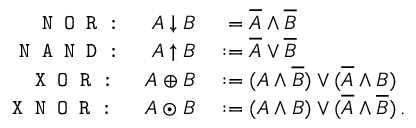
\begin{array} { r l } { \texttt { N O R : } \quad A \downarrow B } & { { } \phantom { : } = \overline { A } \wedge \overline { B } } \\ { \texttt { N A N D : } \quad A \uparrow B } & { { } : = \overline { A } \vee \overline { B } } \\ { \texttt { X O R : } \quad A \oplus B } & { { } : = ( A \wedge \overline { B } ) \vee ( \overline { A } \wedge B ) } \\ { \texttt { X N O R : } \quad A \odot B } & { { } : = ( A \wedge B ) \vee ( \overline { A } \wedge \overline { B } ) \, . } \end{array}